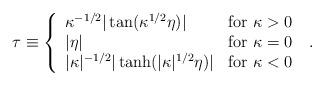
LaTeX: \begin{align*}\tau \equiv \left\{\begin{array}{ll}\kappa^{-1/2} |\tan (\kappa^{1/2}\eta)| & {\rm for}\ \kappa>0 \\|\eta| & {\rm for}\ \kappa=0 \\|\kappa|^{-1/2} |\tanh (|\kappa|^{1/2}\eta)| & {\rm for}\ \kappa<0\end{array}\right. \ .\end{align*}